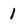
Character: 1